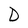
Character: D